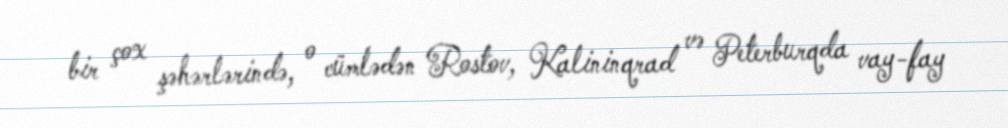
bir çox şəhərlərində, o cümlədən Rostov, Kalininqrad və Peterburqda vay-fay